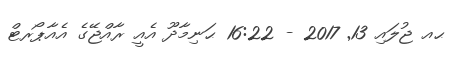
ޙއ ޖުލައި 13